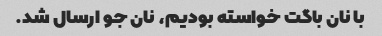
با نان باگت خواسته بودیم، نان جو ارسال شد.